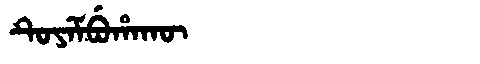
Manchu: ᡨᡠᠶᡝᠮᠪᡠᡥᠠᡴᡡ
Romanization: TUYEMBUHAKŪ